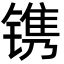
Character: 镌